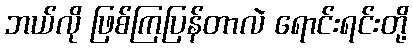
ဘယ်လို ဖြစ်ကြပြန်တာလဲ ရောင်းရင်းတို့